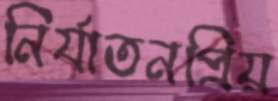
নির্যাতনপ্রিয়